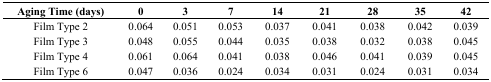
| Aging Time (days) | 0 | 3 | 7 | 14 | 21 | 28 | 35 | 42 |
 | --- | --- | --- | --- | --- | --- | --- | --- | --- |
 | Film Type 2 | 0.064 | 0.051 | 0.053 | 0.037 | 0.041 | 0.038 | 0.042 | 0.039 |
 | Film Type 3 | 0.048 | 0.055 | 0.044 | 0.035 | 0.038 | 0.032 | 0.038 | 0.045 |
 | Film Type 4 | 0.061 | 0.064 | 0.041 | 0.038 | 0.046 | 0.041 | 0.039 | 0.045 |
 | Film Type 6 | 0.047 | 0.036 | 0.024 | 0.034 | 0.031 | 0.024 | 0.031 | 0.034 |